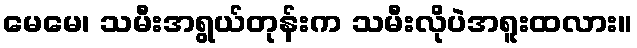
မေမေ၊ သမီးအရွယ်တုန်းက သမီးလိုပဲအရူးထလား။